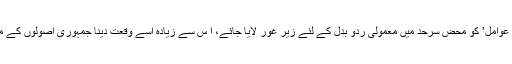
اور ‘دیگر عوامل’ کو محض سرحد میں معمولی ردو بدل کے لئے زیر غور لایا جائے، ا س سے زیادہ اسے وقعت دینا جمہوری اصولوں کے منافی ہوگا۔